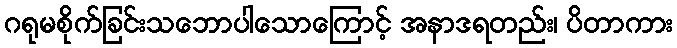
ဂရုမစိုက်ခြင်းသဘောပါသောကြောင့် အနာဒရတည်း၊ ပိတာကား